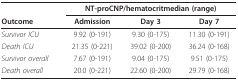
|  | <COLSPAN=3> NT-proCNP/hematocritmedian (range) |
 | Outcome | Admission | Day 3 | Day 7 |
 | --- | --- | --- | --- |
 | Survivor ICU | 9.92 (0-191) | 9.30 (0-175) | 11.30 (0-191) |
 | Death ICU | 21.35 (0-221) | 39.02 (0-200) | 36.24 (0-168) |
 | Survivor overall | 7.67 (0-191) | 9.04 (0-175) | 9.51 (0-175) |
 | Death overall | 20.0 (0-221) | 22.60 (0-200) | 29.79 (0-168) |